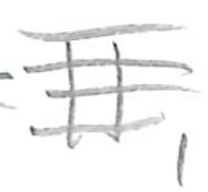
Text: II,
Cross-out: double-line
Writing tool: pencil